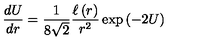
\frac { d U } { d r } = { \frac { 1 } { 8 \sqrt { 2 } } } { \frac { \ell \left( r \right) } { r ^ { 2 } } } \exp \left( - 2 U \right)